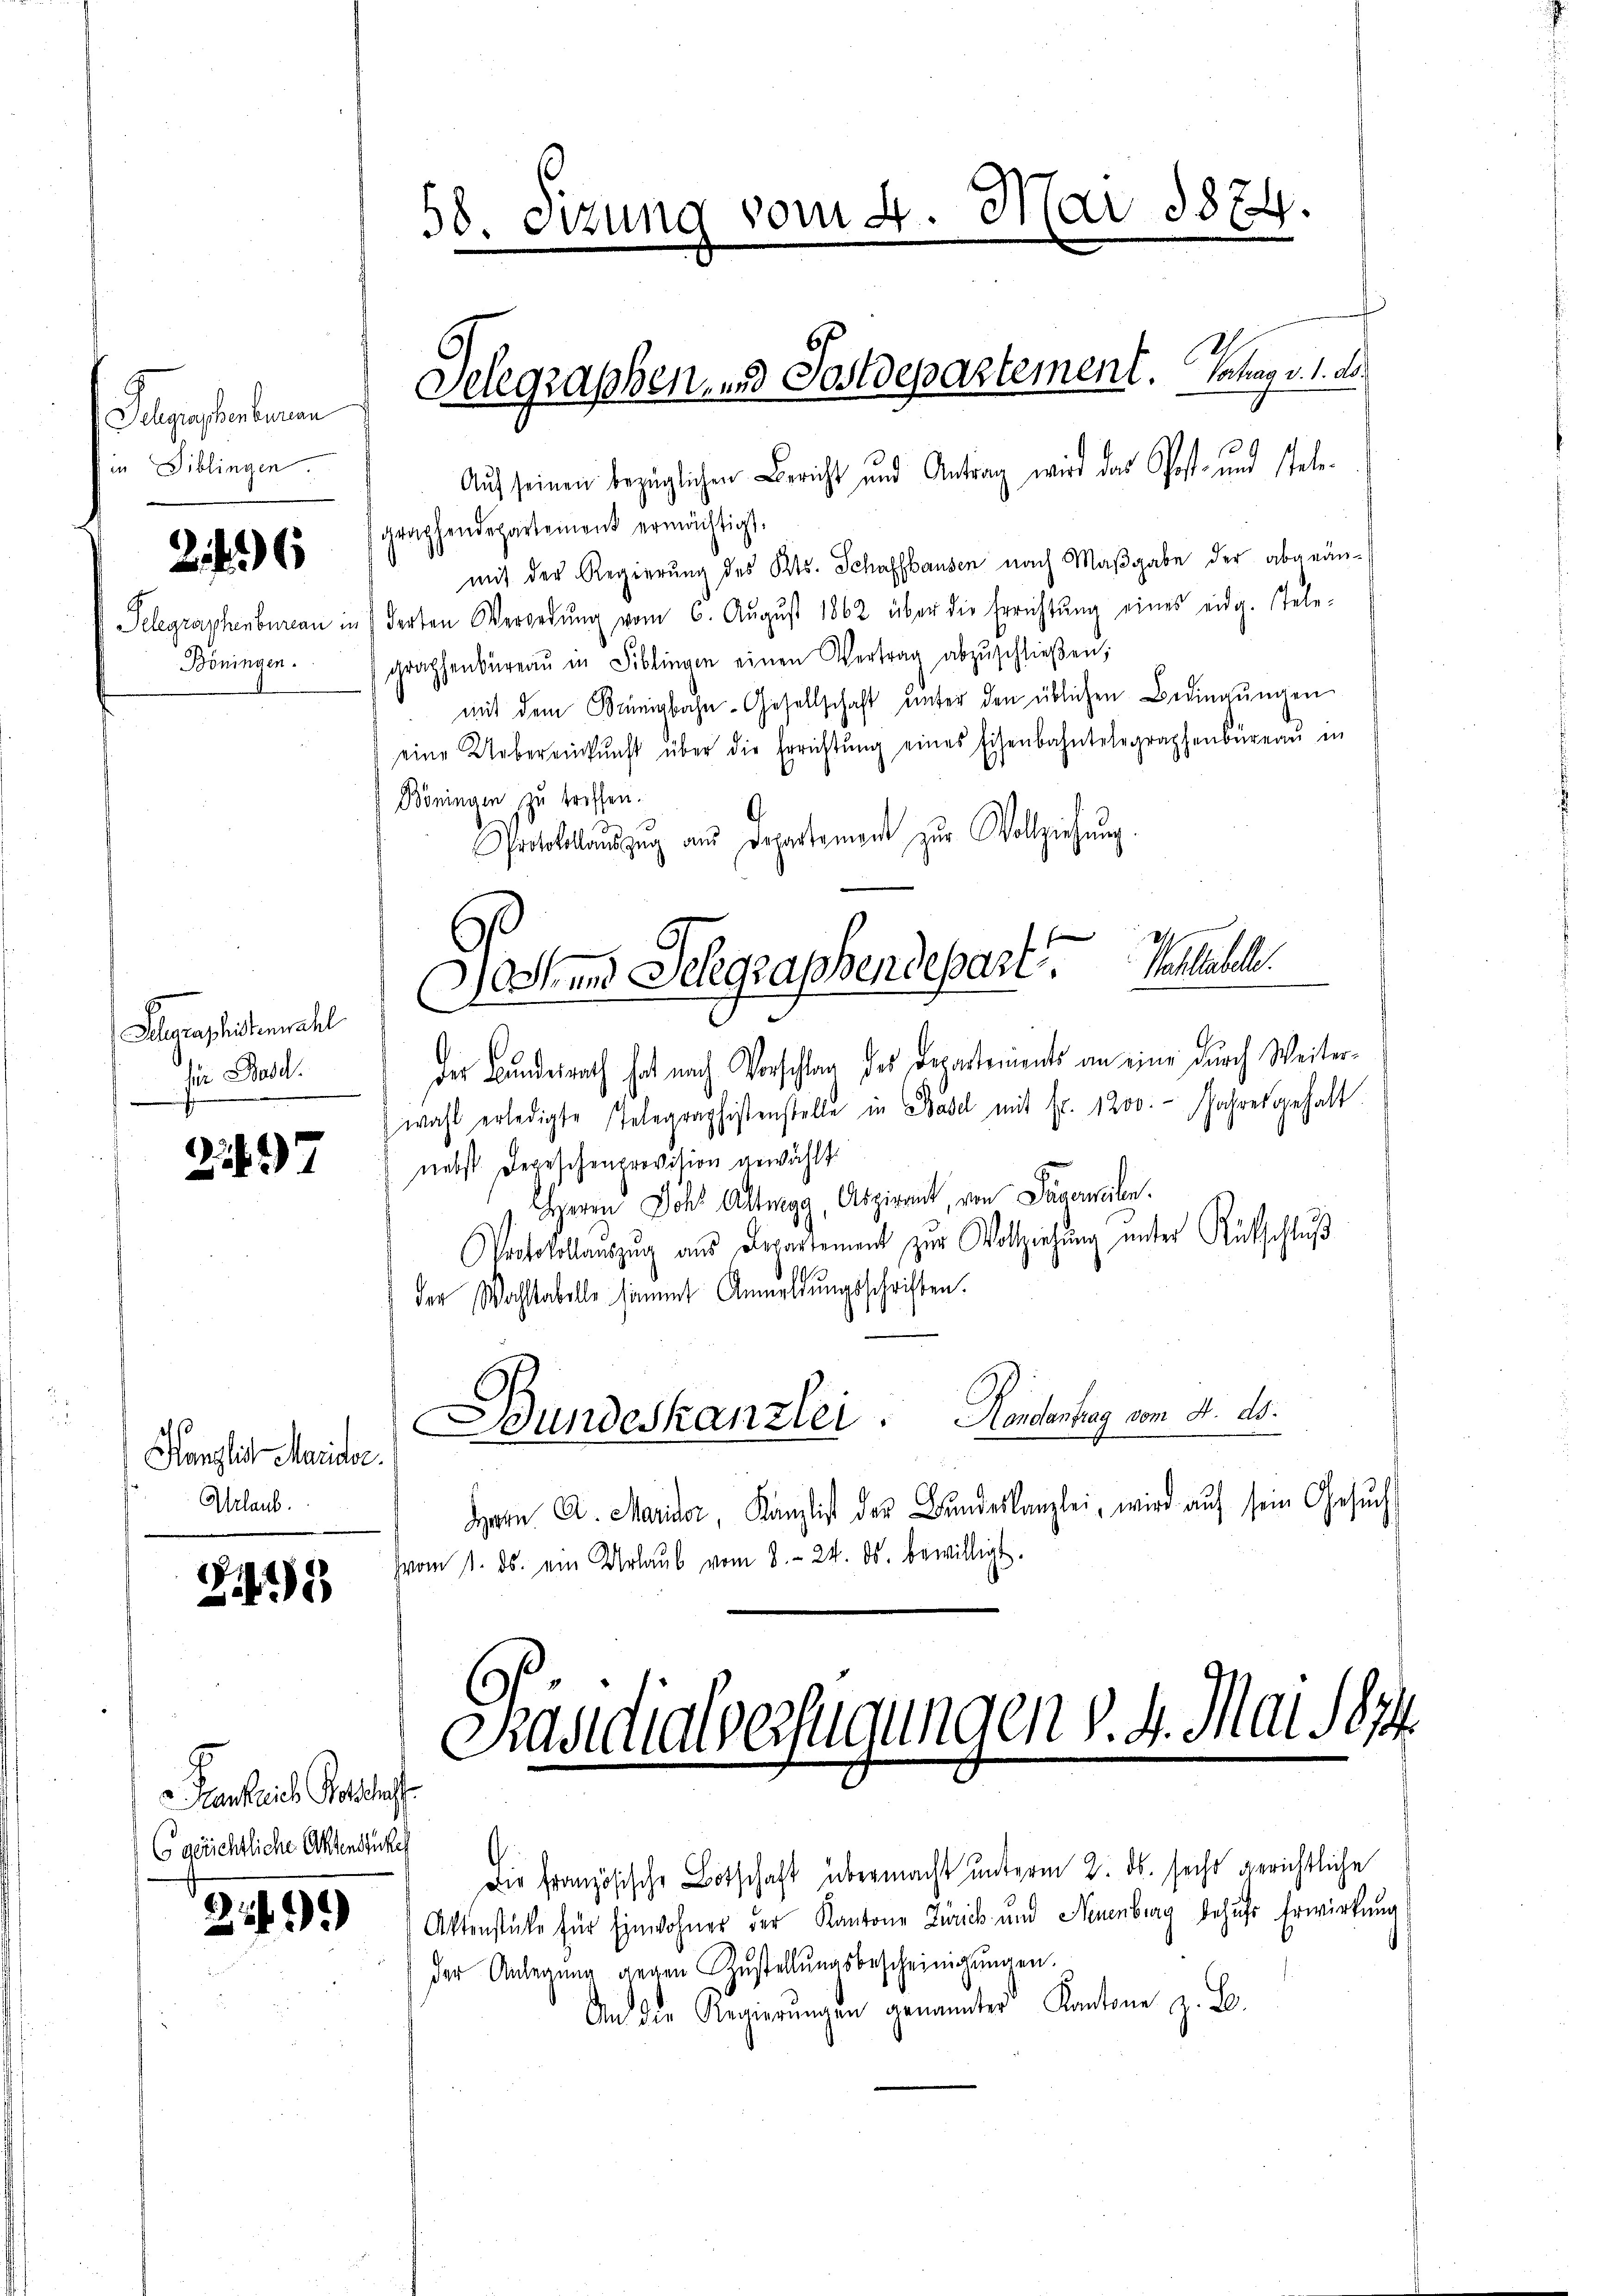
Jugenstenberan
in Biblingen

26

Telegraphenbureau in
Böningen.

Gelegraphistenwahl
für Bosd.

247

Hänglich Marida.
Urlaub.

245

Frankreich Gotthaft
Co gerichtliche Aktenstückes

21)

58. Sizung vom 4. Mai 187

Aŭf seinen bezüglichen Bericht und Antrag wird das Post- und stele-
graphendepartement ermächtigt.
mit der Regierung des Kts. Schaffhausen nach Maßgabe der abgeänderten Verwedŭng vom 6. Aŭgŭst 1862 über die Errichtŭng eines eidg. Tele-
graphenbüreaŭ in Biblingen einen Vertrag abzŭschlieβen;
mit dem Künigbahn-Gesellschaft ŭnter den üblichen Bedingŭngen
eine Uebereinkunft über die Errichtŭng eines Eisenbahntelegraphenbüreaŭ in
Böningen zu treffen.
G
Protokollaŭszŭg aŭs Departement zŭr Vollziehŭng
des Bundesrath hat nach Vorschlag des Departements an eine durch Weiter-
wahl erledigte Telegraphistenstelle in Basel mit Fr. 1200. Jahresgehalt.
nebst Depeschenprovision gewählt
HHerrn Joh Altmegg, Aspirant, von Padermalen.
Protokollauszug aus Departement zur Vollziehung unter Rütschluß
der Wohltabelle sammt Anmeldŭngsschriften.
Bundeskanzlei. Koncentrag vom 4. ds.
Herrn A. Mariser, Kanzlist der Bŭndeskanzlei, wird aŭf sein Gesŭch
vom 1. ds. ein Urlaŭb vom 8. 24. ds. bewilligt.
Präsidialverfügungen v. 4. Mai 1874.
Die französische Botschaft übermacht unterm 2. ds. sechs gerichtliche
Aktenstücke für Einwohner der Kantone Zürich und Neuenburg behufs Erwirkung
der Anlegung gegen Zustellungsbescheinigungen.
An die Regierungen genanntes Kantone z. B.

Gelegraphen, und Postdepartement. Schag v. 1. ds.

Wochens Schgraphendepart.